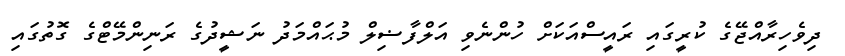
ދިވެހިރާއްޖޭގެ ކުރީގައި ރައީސްއަކަށް ހުންނެވި އަލްފާޟިލް މުޙައްމަދު ނަޝީދުގެ ރަނިންމޭޓްގެ ގޮތުގައި